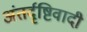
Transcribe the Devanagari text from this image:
अंतर्दृष्टिवादी